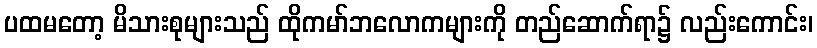
ပထမတော့ မိသားစုများသည် ထိုကမာ်ဘလောကများကို တည်ဆောက်ရာ၌ လည်းကောင်း၊